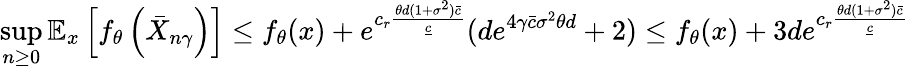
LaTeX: \operatorname*{sup}_{n\ge 0}\mathbb{E}_{x}\left[f_{\theta}\left(\bar{X}_{n\gamma}\right)\right]\le f_{\theta}(x)+e^{c_{r}\frac{\theta d(1+\sigma^{2})\bar{c}}{\underline{{c}}}}({de^{{4\gamma\bar{c}\sigma^{2}\theta d}}}+2)\le f_{\theta}(x)+3de^{c_{r}\frac{\theta d(1+\sigma^{2})\bar{c}}{\underline{{c}}}}